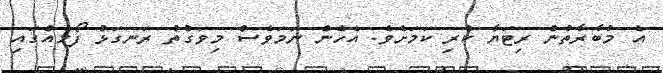
އެ މުބާރާތުން ރިޓަޔާ ކުރި ކަމަށެވެ. އެހެން ނަމަވެސް މިވަގުތު ރަނގަޅު ފޯމެއްގައި